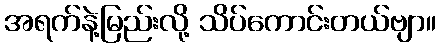
အရက်နဲ့မြည်းလို့ သိပ်ကောင်းတယ်ဗျာ။